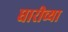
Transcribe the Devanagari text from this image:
घारीच्या